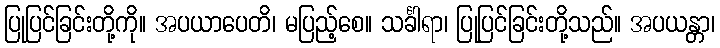
ပြုပြင်ခြင်းတို့ကို။ အပယာပေတိ၊ မပြည့်စေ။ သင်္ခါရာ၊ ပြုပြင်ခြင်းတို့သည်။ အပယန္တာ၊